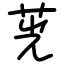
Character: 茪